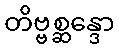
တိဗ္ဗစ္ဆန္ဒော